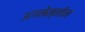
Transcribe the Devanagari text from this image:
अगमेम्नोन